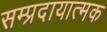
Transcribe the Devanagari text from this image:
सम्प्रदायात्मक